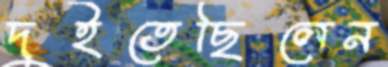
দুইতেছিলেন